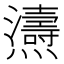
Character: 𤒵